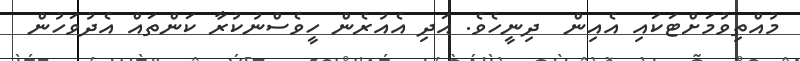
މުއްތިވުމަށްޓަކައި އެއިން  ދިނީހެވެ. އަދި އެއުރެން ހީވެސްނުކުރާ ކަންތައް އެދުވަހުން